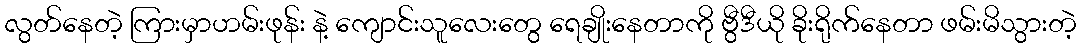
လွတ်နေတဲ့ ကြားမှာဟမ်းဖုန်း နဲ့ ကျောင်းသူလေးတွေ ရေချိုးနေတာကို ဗွီဒီယို ခိုးရိုက်နေတာ ဖမ်းမိသွားတဲ့